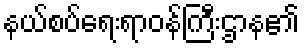
နယ်စပ်ရေးရာဝန်ကြီးဌာန၏